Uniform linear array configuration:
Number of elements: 48
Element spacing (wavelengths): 0.5
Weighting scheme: hann
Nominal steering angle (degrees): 15
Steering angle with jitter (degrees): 13.038
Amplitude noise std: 0.05
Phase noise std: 0.05

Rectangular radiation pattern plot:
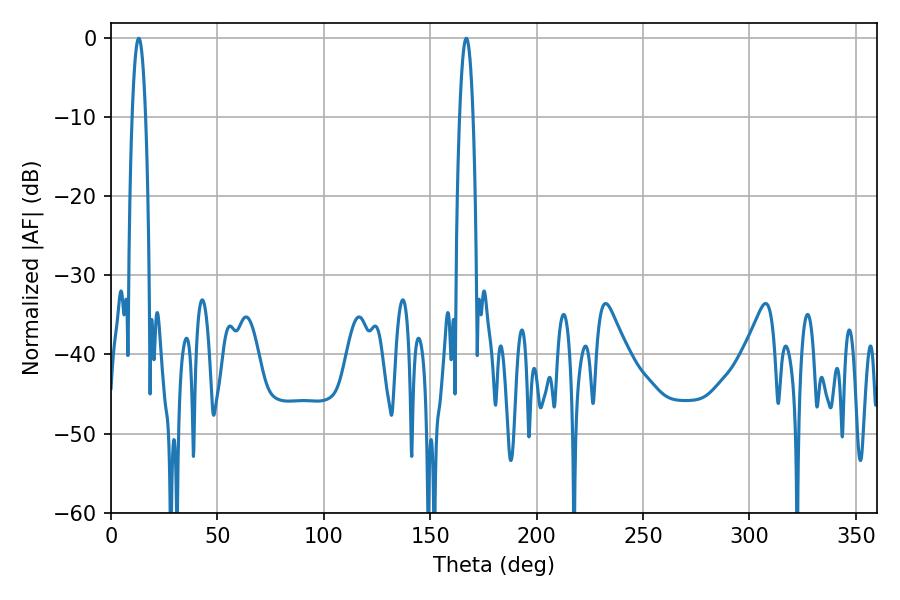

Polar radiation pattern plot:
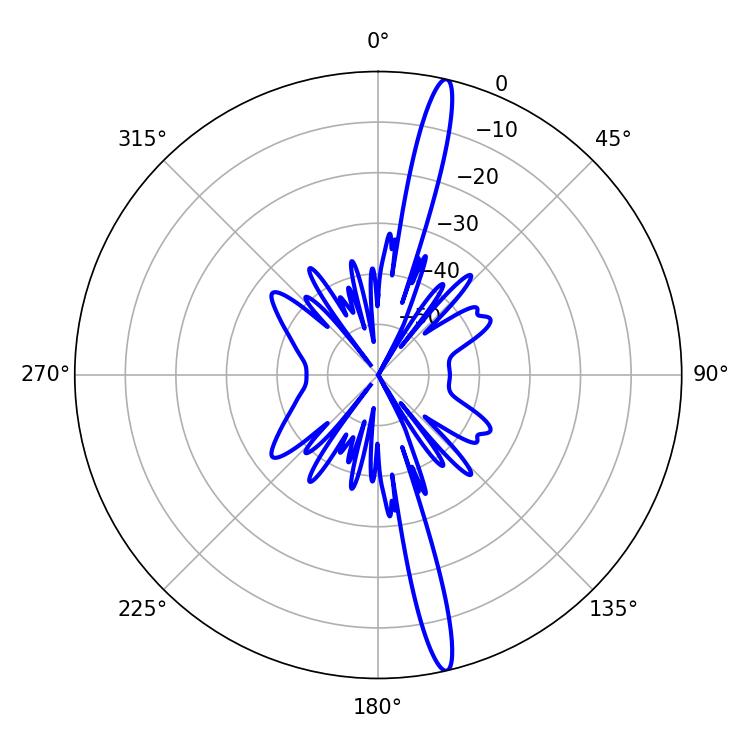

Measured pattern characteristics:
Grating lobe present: FALSE
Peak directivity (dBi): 18.248
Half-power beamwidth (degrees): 3.42
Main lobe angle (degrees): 12.96